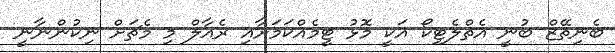
ބެނިތޭޒް ބުނީ އެތްލެޓިކޯ އަކީ މޮޅު ޓީމެއްކަމަށާއި ރެއާލް މި މެޗަށް ނިކުންނާނީ